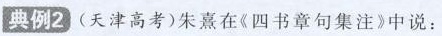
典例2) (天津高考)朱熹在《四书章句集注》中说：